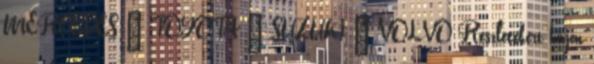
MERCEDES – TOYOTA – SUZUKI – VOLVO Részletekért hívjon